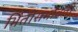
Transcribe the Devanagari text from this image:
भिंतीसभोवती